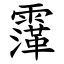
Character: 䨰